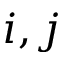
i , j